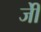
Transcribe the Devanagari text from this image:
जीे